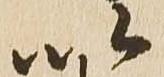
以